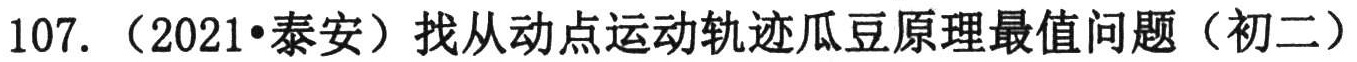
107.（2021•泰安）找从动点运动轨迹瓜豆原理最值问题（初二）